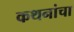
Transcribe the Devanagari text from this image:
कथनांचा